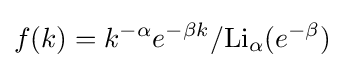
f(k)=k^{-\alpha }e^{-\beta k}/\mathrm {Li} _{\alpha }(e^{-\beta })